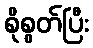
စိုစွတ်ပြီး